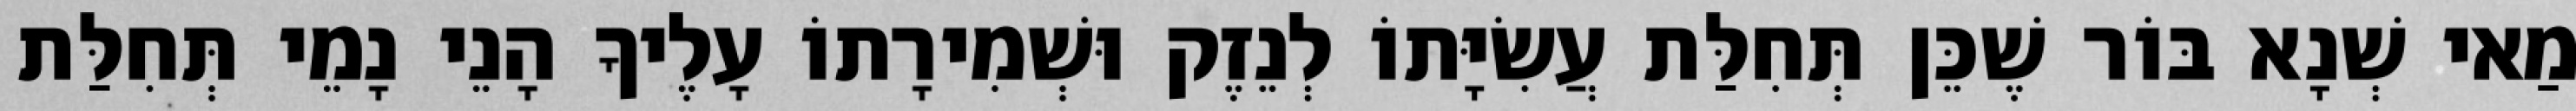
מַאי שְׁנָא בּוֹר שֶׁכֵּן תְּחִלַּת עֲשִׂיָּתוֹ לְנֵזֶק וּשְׁמִירָתוֹ עָלֶיךָ הָנֵי נָמֵי תְּחִלַּת